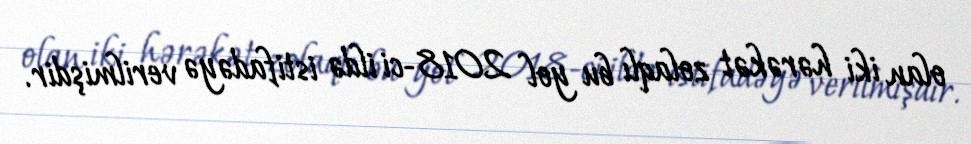
olan iki hərəkət zolaqlı bu yol 2018-ci ildə istifadəyə verilmişdir.